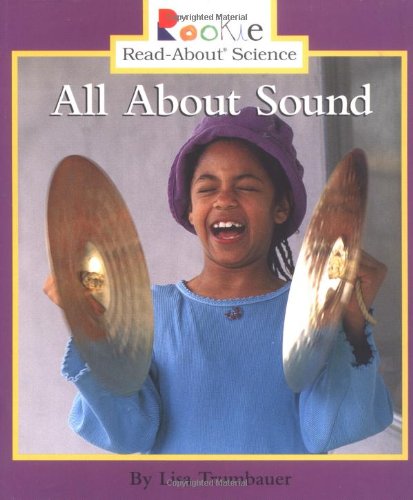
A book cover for All about Sound (Rookie Read-About Science); Lisa Trumbauer; Children's Books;